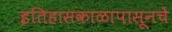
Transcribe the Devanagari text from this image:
इतिहासकाळापासूनचे